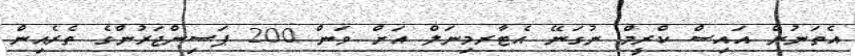
އެތަނުން އައިސް ކްރީމް ނުގަނޭ އެޓާރމިނަލް އަށް ވަން 200 ޕަސިންޖަރުންގެ ތެރެއިން